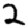
Digit: 2